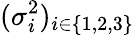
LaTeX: (\sigma_{i}^{2})_{i\in\{ 1,2,3\} }